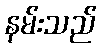
နမ်းသည်